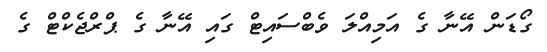
ގޯޑަން އޭނާ ގެ އަމިއްލަ ވެބްސައިޓް ގައި އޭނާ ގެ ޕްރްޖެކްޓް ގެ